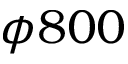
\phi 8 0 0